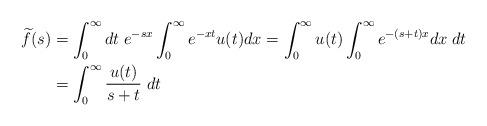
LaTeX: \begin{align*}\widetilde f(s) &= \int_0^\infty dt \;e^{-sx} \int_0^\infty e^{-xt} u(t) dx = \int_0^\infty u(t) \int_0^\infty e^{-(s+t)x} dx \; dt \\ &= \int_0^\infty \frac{u(t)}{s+t} \;dt \end{align*}